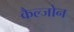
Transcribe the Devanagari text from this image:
कैल्जोन